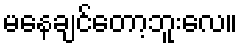
မနေချင်တော့ဘူးလေ။